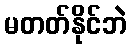
မတတ်နိုင်ဘဲ